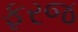
ફરજ